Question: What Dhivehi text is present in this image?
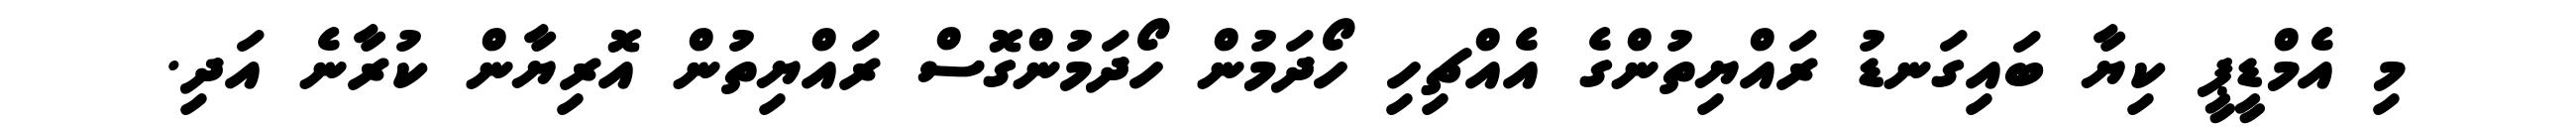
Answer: މި އެމްޑީޕީ ކިޔާ ބައިގަނޑު ރައްޔިތުންގެ އެއްޗިހި ހޯދަމުން ހޯދަމުންގޮސް ރައްޔިތުން އޮރިޔާން ކުރާނެ އަދި.